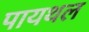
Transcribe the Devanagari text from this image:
पायथल